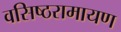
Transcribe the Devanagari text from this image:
वसिष्ठरामायण